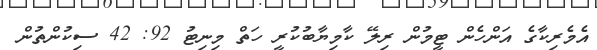
އެމެރިކާގެ އަންހެން ޓީމުން ރިލޭ ކާމިޔާބުކުރީ ހަތް މިނިޓު 92: 42 ސިކުންތުން